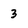
Character: 3